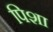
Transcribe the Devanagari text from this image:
पिशा